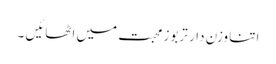
اتنا وزن دار تربوز محبت میں اٹھائیں ۔